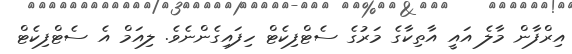
އިރްފާން މާލެ އައީ އާތިކާގެ މަރުގެ ސެޓްފިކެޓް ހިފައިގެންނެވެ. ލިއަމް އެ ސެޓްފިކެޓް